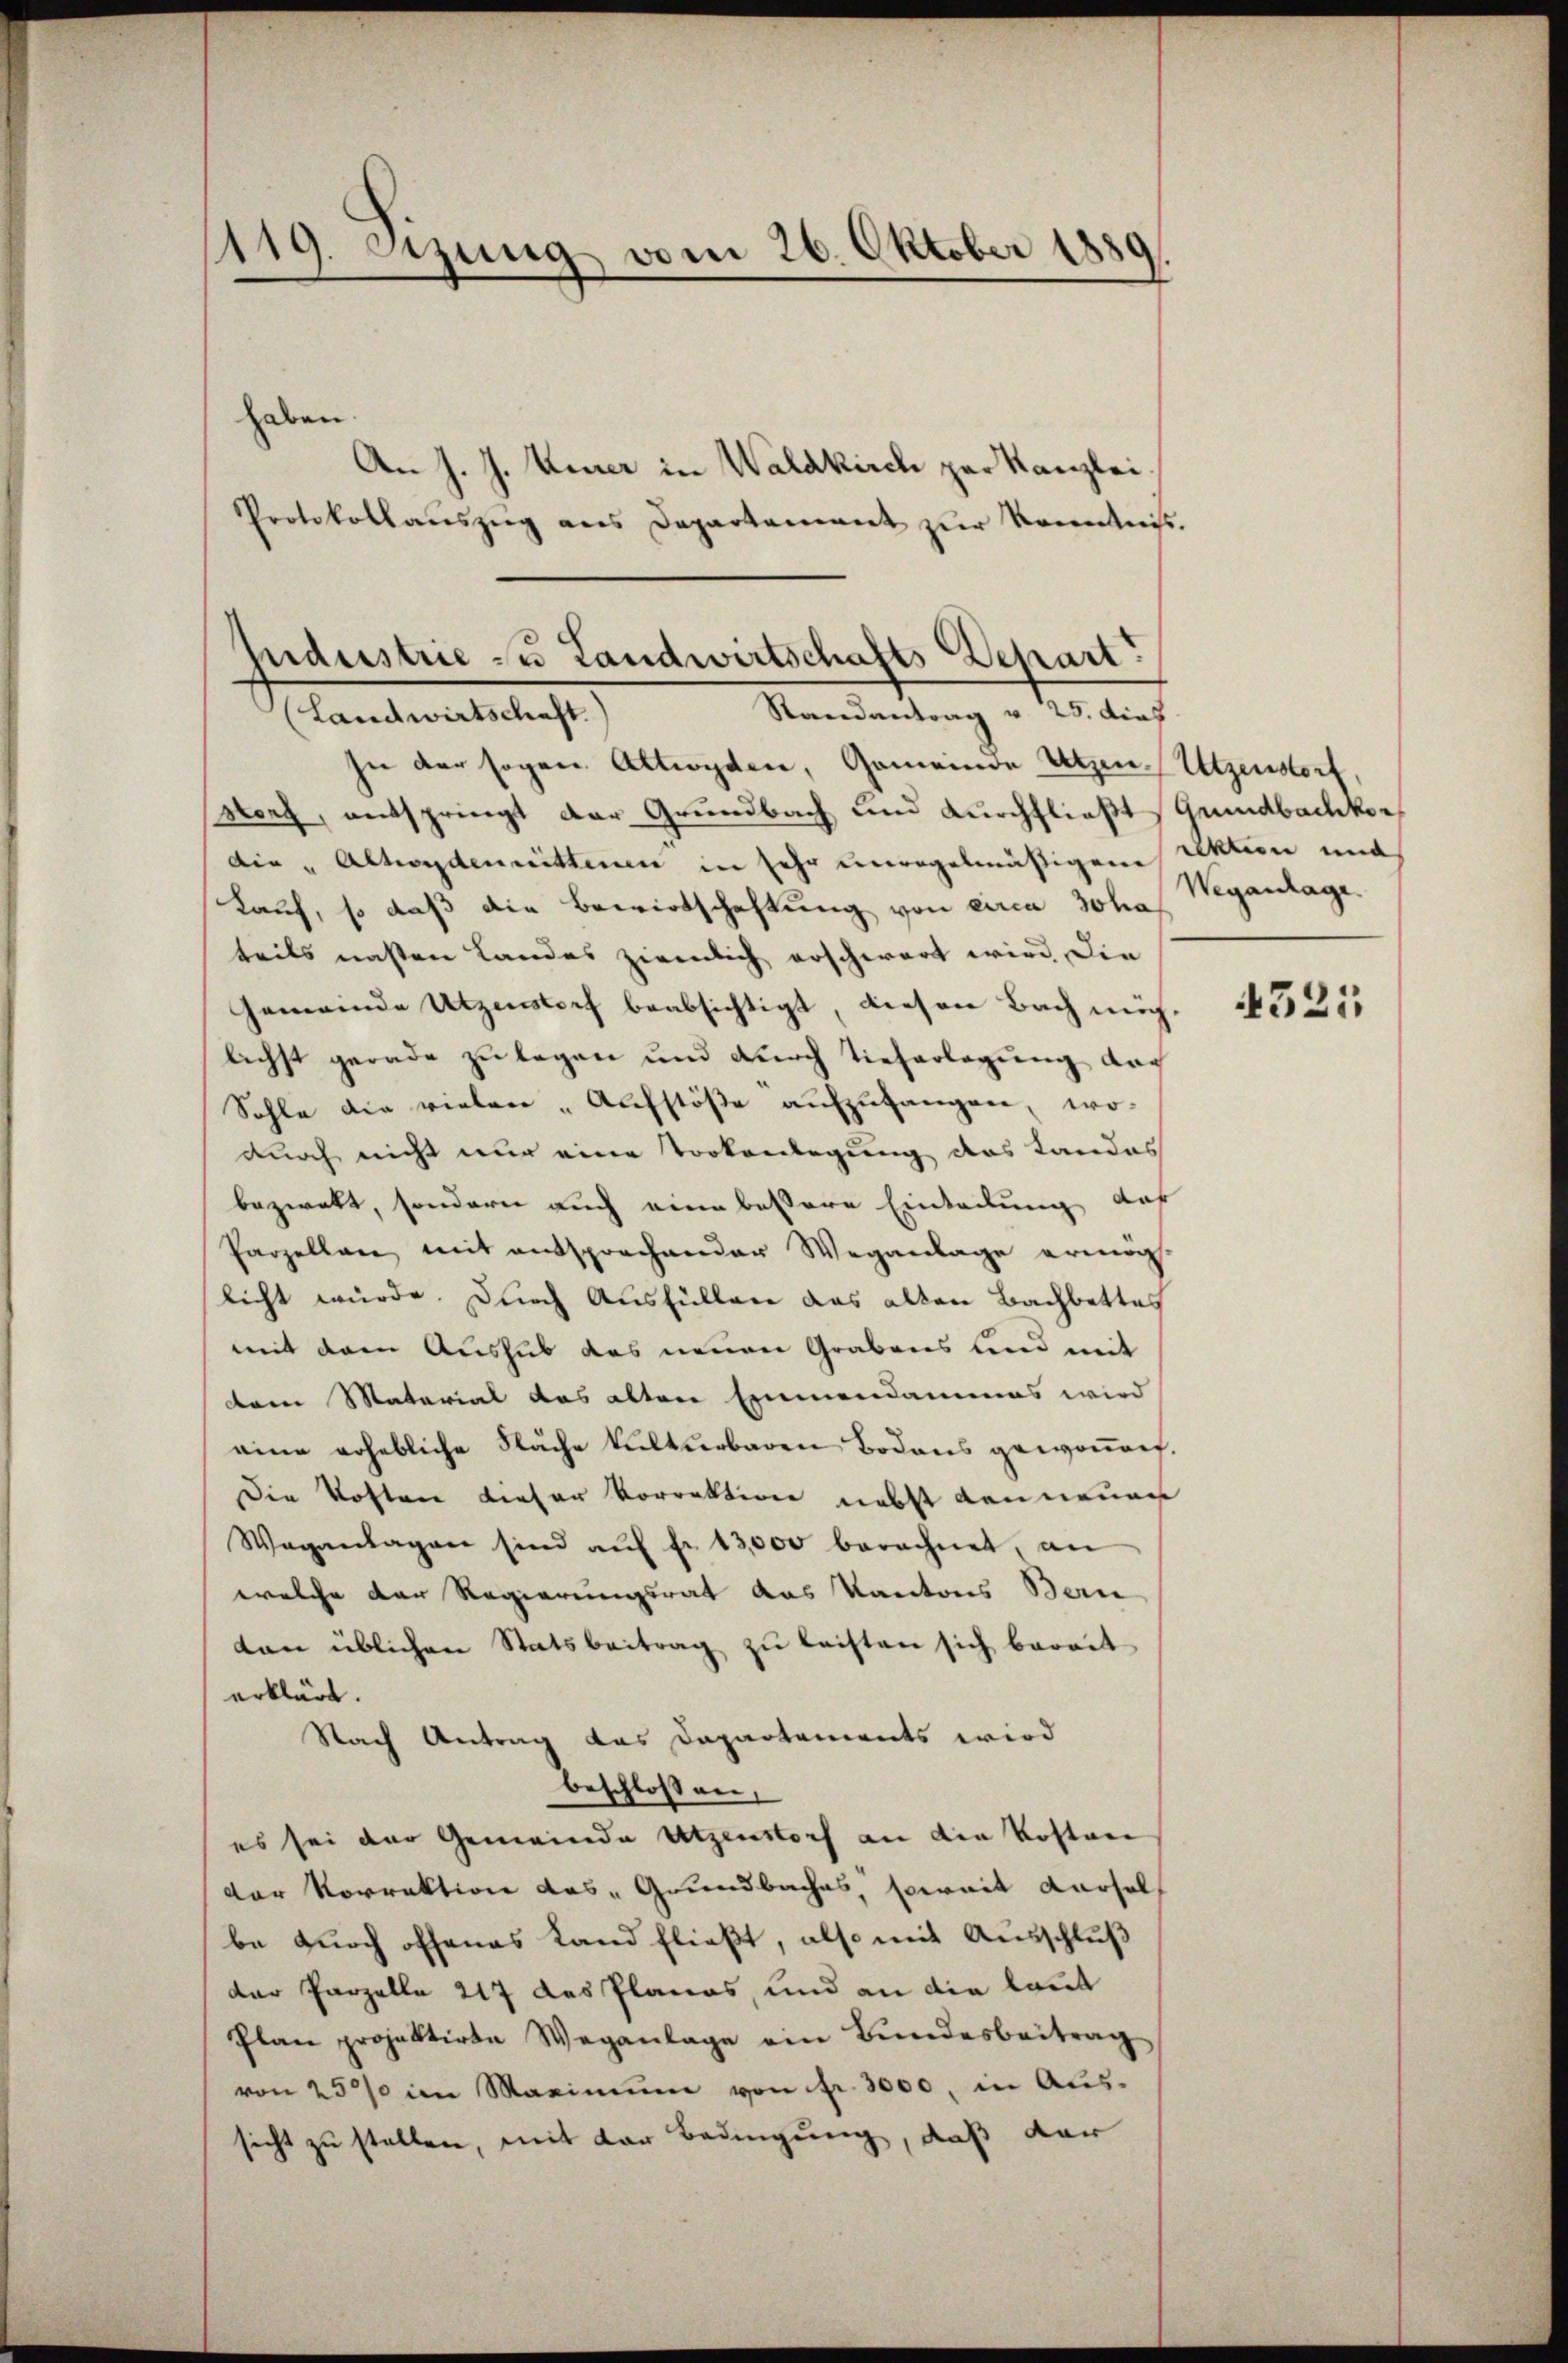
119. Sizung vom 26. Oktober 1889

haben.
An J. J. Kurer in Waldkirch per Kanzlei.
Protokollaŭszŭg ans Departament zŭr Kenntnis.
In der sogen Altiogen, Gemeinde Utzen Utzendorf,
sort, entspringt der Grundbach und durchfließt (Grundbachkor
die „Altordenmittenen in sehr unregelmäßigem Aktion und
Kauf, so daß die Bewirtschaftung von circa Joha
teils nachten Landes zirenlich erschwart wird die
Gemeinde Utzenstorf beabsichtigt, diesen Bach möchlichst gerade zu legen und durch Tieferlegung doch
Sohle die vielen „Aufstöße aufzufangen, wo-
durch nicht nur eine Tortenlegung des Landes
bezwekt, sondern auch eine bessere Einteilung des
Parzellen, mit entsprochender Weganlage ermög-
licht würde. Durch Ausfüllen das alten Bachbettes
mit dem Aushub das neuen Grabens und mit
dem Material das alten Einmandammas wird
eine erhebliche Fläche kulturbaren Bodens gewonnen.
Die Kosten dieser Vorrektion nebst dan neuen
Wagantagen sind aŭf fr. 13,000 berechnet, an
welche der Regierungsrat das Kantons Bern
ton üblichen Statsbeitrag zu leisten sich bereit
erklärt.
Nach Antrag das Dapartements wird
beschlossen,
es sei der Gemeinde Utzenstorf an die Kosten
der Vorrektion das Grundbaches, soweit dersel
be durch offenes Land fließt, also mit Ausschluß
der Parzelle 217 des Planes, und an die laut
Plan projektirte Weganlage ein Bŭndesbeitrag
von 2500 im Maximum von fr. 3000, in Aus-
sicht zu stellen, mit der Bedingung, daß dar

judustrie zu Landwirtschafts-Depart
Randantrag v. 25. dies
(Landwirtschaft.)

Weganlage.

432: